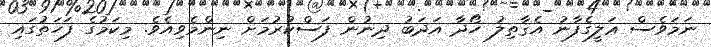
ނަމަވެސް ޢަލީގެފާނު އެޤާތިލު ހޯދާ އަދަބު ދިނުން ފަސްކުރުމަށް ނިންމެވިއެވެ. މިކަމުގެ ފަހަތުގައި